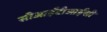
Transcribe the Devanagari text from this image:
सीआईटीआईसी